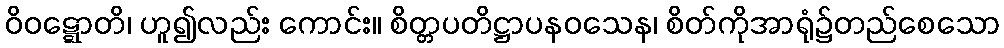
ဝိဝဋ္ဋောတိ၊ ဟူ၍လည်း ကောင်း။ စိတ္တပတိဋ္ဌာပနဝသေန၊ စိတ်ကိုအာရုံ၌တည်စေသော